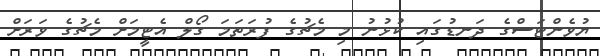
ޔުވެންޓަސްގެ ދަނޑުގައި ކުޅުނު މި މެޗުގެ ފުރަތަމަ ގޯލް އެޓީމަށް މެޗުގެ ވަރަށް